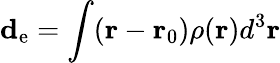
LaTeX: \mathbf{d}_{\mathrm{{e}}}=\int({\mathbf{r}}-{\mathbf{r}}_{0})\rho({\mathbf{r}})d^{3}{\mathbf{r}}